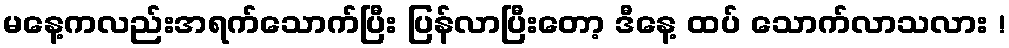
မနေ့ကလည်းအရက်သောက်ပြီး ပြန်လာပြီးတော့ ဒီနေ့ ထပ် သောက်လာသလား !